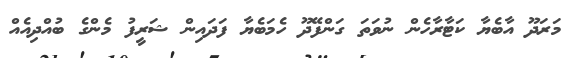
މަރަދޫ އާބެޔާ ކަޓާރާހެން ނުވަތަ ގަންފޭދޫ ހެމަބެޔާ ފަދައިން ޝަރީފު މެންގެ ބުއްދިއެއް